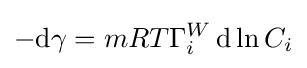
-\mathrm {d} \gamma =mRT\Gamma _{i}^{W}\,\mathrm {d} \ln C_{i}